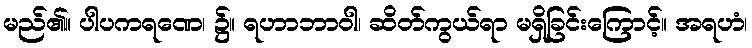
မည်၏။ ပါပကရဏေ၊ ၌။ ရဟာဘာဝါ၊ ဆိတ်ကွယ်ရာ မရှိခြင်းကြောင့်။ အရဟံ၊